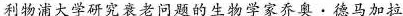
利物浦大学研究衰老问题的生物学家乔奥。德马加拉